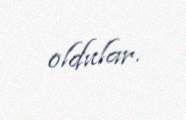
oldular.